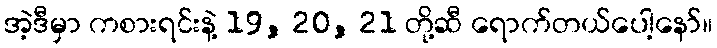
အဲ့ဒီမှာ ကစားရင်းနဲ့ 19, 20, 21 တို့ဆီ ရောက်တယ်ပေါ့နော်။